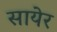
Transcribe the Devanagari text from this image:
सायेर